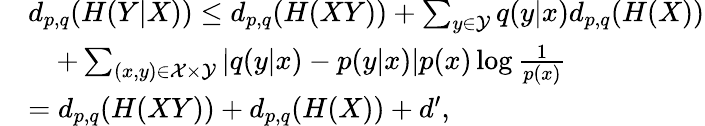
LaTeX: \begin{array}{rl}&{d_{p,q}(H(Y|X))\leq d_{p,q}(H(XY))+\sum_{y\in{\cal Y}}q(y|x)d_{p,q}(H(X))}\\ &{\quad+\sum_{\scriptstyle(x,y){\scriptstyle\in{\cal X}\times{\cal Y}}}|q(y|x)-p(y|x)|p(x)\log\frac{1}{p(x)}}\\ &{=d_{p,q}(H(XY))+d_{p,q}(H(X))+d^{\prime},}\end{array}